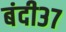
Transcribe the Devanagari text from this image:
बंदी३७